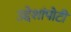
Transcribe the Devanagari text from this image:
उद्देशांपोटी